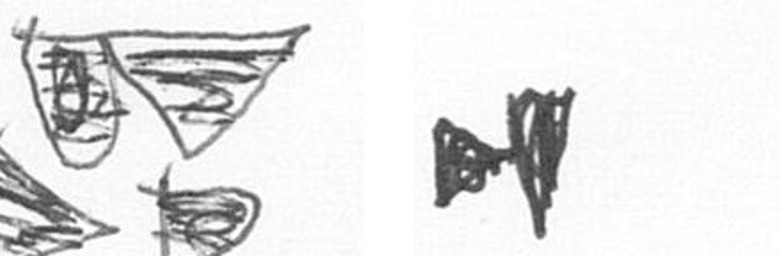
B M